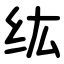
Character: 纮